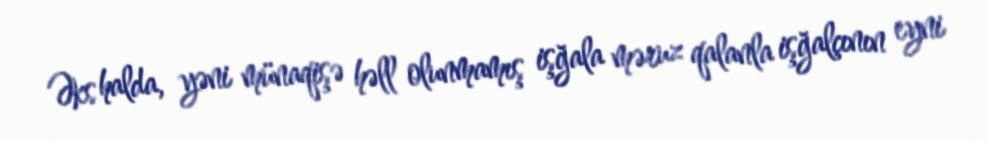
Əks halda, yəni münaqişə həll olunmamış işğala məruz qalanla işğalçının eyni